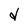
Character: d